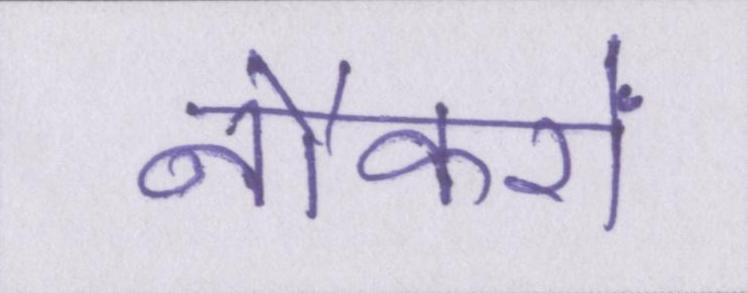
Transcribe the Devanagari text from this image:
नौकरों